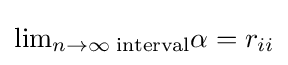
{\textstyle \lim _{n\to \infty }{_{\text{interval}}\alpha }=r_{ii}}